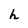
Character: h